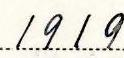
1919